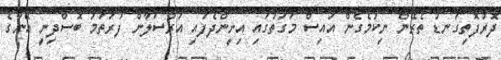
ދޮރުފޮތިގަނޑު ތެރޭން ނިކުމެގެން އައިސް މަގަތުގައި އިށީންދެފައި އަރްސަލާން ފުރަތަމަ ބޮސްދިނީ އޭނާގެ